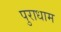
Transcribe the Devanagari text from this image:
पुराधाम